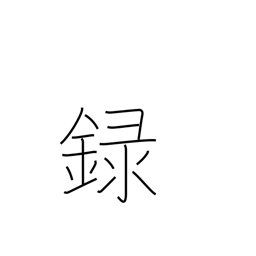
Meaning: record